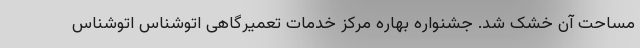
مساحت آن خشک شد. جشنواره بهاره مرکز خدمات تعمیرگاهی اتوشناس اتوشناس